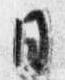
日